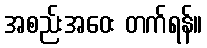
အစည်းအဝေး တက်ရန်။